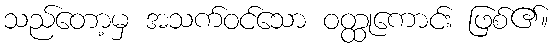
သည်တော့မှ အသက်ဝင်သော ဝတ္ထုကောင်း ဖြစ်၏။